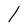
Character: l